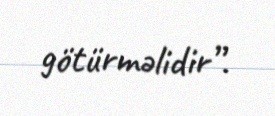
götürməlidir”.